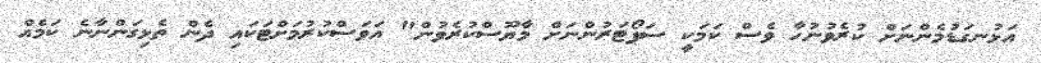
އަޅުނގަޑުމެންނަށް ކުރެވުނުހާ ވެސް ކަމަކީ ސަޕޯޓަރުންނަށް މާޔޫސްކުރެވުން" އަވަސްކުރުމަށްޓަކައި ދެން ތެޅިގަންނާނެ ކަމެއް